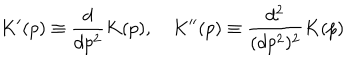
K ^ { \prime } ( p ) \equiv \frac { d } { d p ^ { 2 } } K ( p ) , \quad K ^ { \prime \prime } ( p ) \equiv \frac { d ^ { 2 } } { ( d p ^ { 2 } ) ^ { 2 } } K ( p )